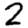
Digit: 2